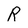
Character: R